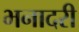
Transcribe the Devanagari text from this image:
भनादरी